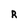
Character: R